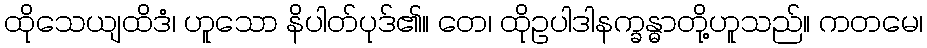
ထိုသေယျထိဒံ၊ ဟူသော နိပါတ်ပုဒ်၏။ တေ၊ ထိုဥပါဒါနက္ခန္ဓာတို့ဟူသည်။ ကတမေ၊